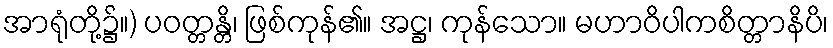
အာရုံတို့၌။) ပဝတ္တန္တိ၊ ဖြစ်ကုန်၏။ အဋ္ဌ၊ ကုန်သော။ မဟာဝိပါကစိတ္တာနိပိ၊